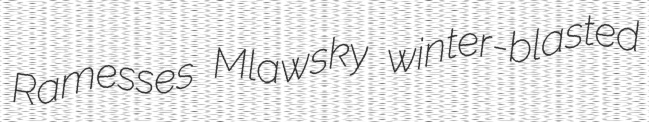
Ramesses Mlawsky winter-blasted